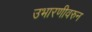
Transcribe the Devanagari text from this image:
उभारणीवरुन